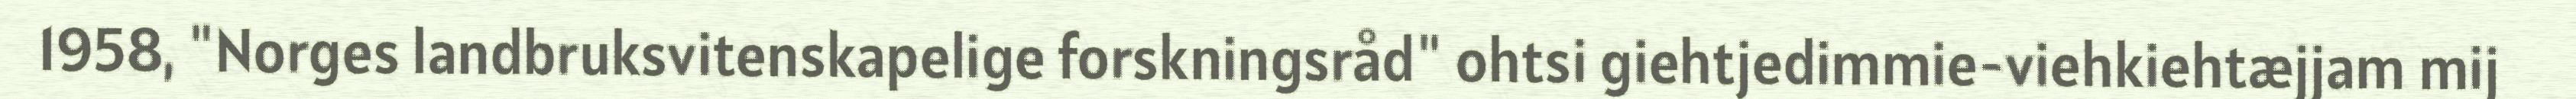
1958, "Norges landbruksvitenskapelige forskningsråd" ohtsi giehtjedimmie-viehkiehtæjjam mij